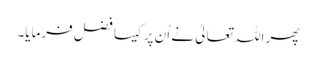
پھر اللہ تعالیٰ نے اُن پر کیسا فضل فرمایا۔